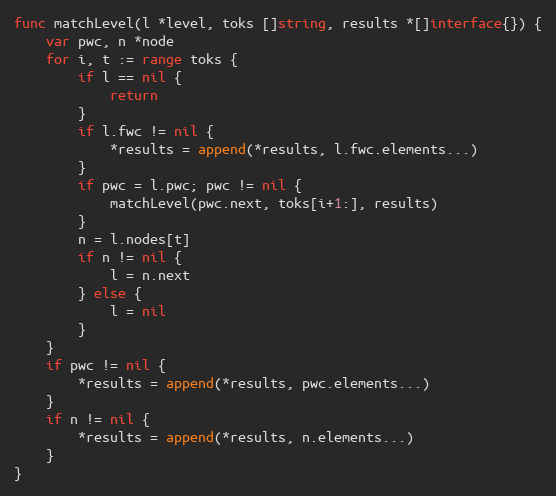
Language: Go
func matchLevel(l *level, toks []string, results *[]interface{}) {
	var pwc, n *node
	for i, t := range toks {
		if l == nil {
			return
		}
		if l.fwc != nil {
			*results = append(*results, l.fwc.elements...)
		}
		if pwc = l.pwc; pwc != nil {
			matchLevel(pwc.next, toks[i+1:], results)
		}
		n = l.nodes[t]
		if n != nil {
			l = n.next
		} else {
			l = nil
		}
	}
	if pwc != nil {
		*results = append(*results, pwc.elements...)
	}
	if n != nil {
		*results = append(*results, n.elements...)
	}
}